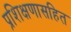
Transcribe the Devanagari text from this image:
प्रशिक्षणासहित